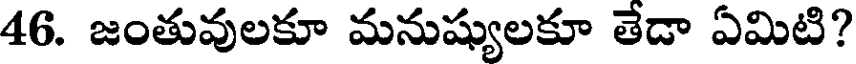
46. జంతువులకూ మనుష్యులకూ తేడా ఏమిటి?